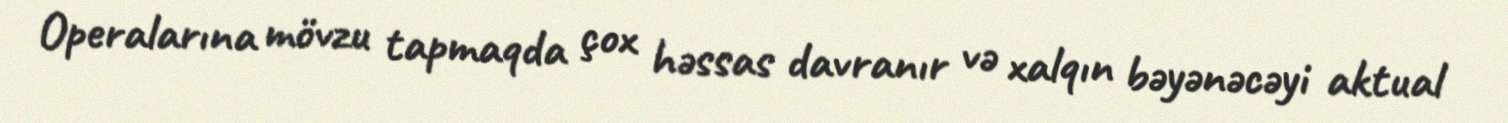
Operalarına mövzu tapmaqda çox həssas davranır və xalqın bəyənəcəyi aktual